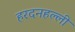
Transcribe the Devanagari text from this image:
हरदनहल्ली